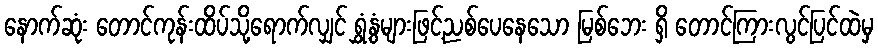
နောက်ဆုံး တောင်ကုန်းထိပ်သို့ရောက်လျှင် ရွှံ့နွံများဖြင့်ညစ်ပေနေသော မြစ်ဘေး ရှိ တောင်ကြားလွင်ပြင်ထဲမှ